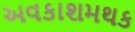
અવકાશમથક